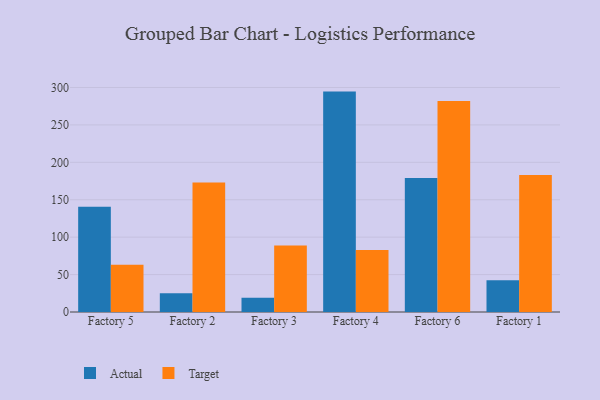
{"axis": {"x": "Factory", "y": "Energy Usage (MWh)"}, "legend": ["Actual", "Target"], "data": [{"x": "Factory 5", "y": 140.7, "type": "Actual"}, {"x": "Factory 5", "y": 63.1, "type": "Target"}, {"x": "Factory 2", "y": 24.9, "type": "Actual"}, {"x": "Factory 2", "y": 173.0, "type": "Target"}, {"x": "Factory 3", "y": 18.9, "type": "Actual"}, {"x": "Factory 3", "y": 88.7, "type": "Target"}, {"x": "Factory 4", "y": 294.5, "type": "Actual"}, {"x": "Factory 4", "y": 82.7, "type": "Target"}, {"x": "Factory 6", "y": 179.1, "type": "Actual"}, {"x": "Factory 6", "y": 282.1, "type": "Target"}, {"x": "Factory 1", "y": 42.4, "type": "Actual"}, {"x": "Factory 1", "y": 183.1, "type": "Target"}]}